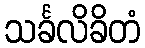
သင်္ခလိခိတံ